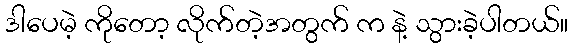
ဒါပေမဲ့ ကိုတော့ လိုက်တဲ့အတွက် က နဲ့ သွားခဲ့ပါတယ်။